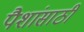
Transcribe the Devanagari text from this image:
पैशांसाठी